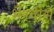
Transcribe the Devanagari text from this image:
भैरवीसे